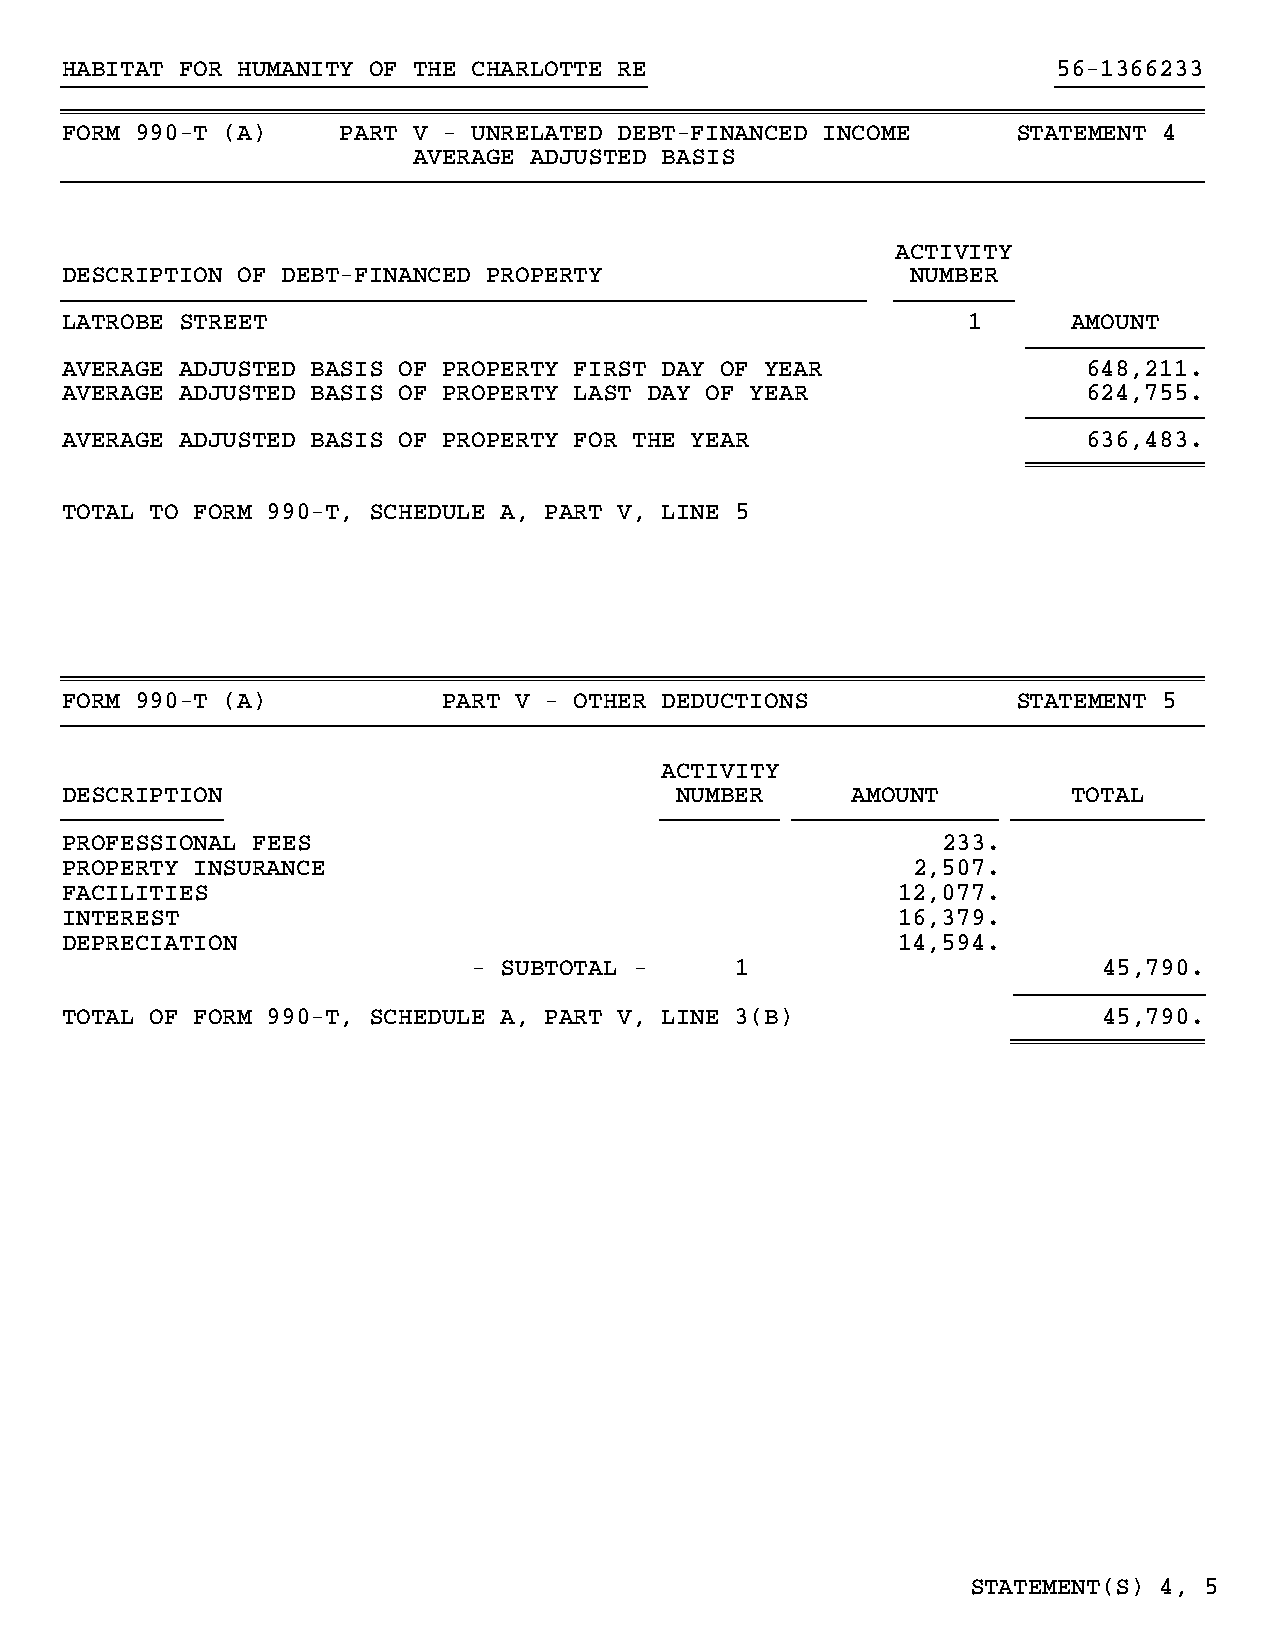
HABITAT FOR HUMANITY OF THE CHARLOTTE RE                          56-1366233
 }}}}}}}}}}}}}}}}}}}}}}}}}}}}}}}}}}}}}}}}                          }}}}}}}}}}
 ~~~~~~~~~~~~~~~~~~~~~~~~~~~~~~~~~~~~~~~~~~~~~~~~~~~~~~~~~~~~~~~~~~~~~~~~~~~~~~
 FORM 990-T (A)     PART V - UNRELATED DEBT-FINANCED INCOME     STATEMENT 4
 AVERAGE ADJUSTED BASIS
 }}}}}}}}}}}}}}}}}}}}}}}}}}}}}}}}}}}}}}}}}}}}}}}}}}}}}}}}}}}}}}}}}}}}}}}}}}}}}}
 ACTIVITY
 DESCRIPTION OF DEBT-FINANCED PROPERTY                   NUMBER
 }}}}}}}}}}}}}}}}}}}}}}}}}}}}}}}}}}}}}}}}}}}}}}}}}}}}}}} }}}}}}}}
 L A T R O B E S T R E E T                                   1      AMOUNT
 }}}}}}}}}}}}
 AVERAGE ADJUSTED BASIS OF PROPERTY FIRST DAY OF YEAR                648,211.
 AVERAGE ADJUSTED BASIS OF PROPERTY LAST DAY OF YEAR                 624,755.
 }}}}}}}}}}}}
 AVERAGE ADJUSTED BASIS OF PROPERTY FOR THE YEAR                     636,483.
 ~~~~~~~~~~~~
 TOTAL TO FORM 990-T, SCHEDULE A, PART V, LINE 5
 ~~~~~~~~~~~~~~~~~~~~~~~~~~~~~~~~~~~~~~~~~~~~~~~~~~~~~~~~~~~~~~~~~~~~~~~~~~~~~~
 FORM 990-T (A)           PART V - OTHER DEDUCTIONS             STATEMENT 5
 }}}}}}}}}}}}}}}}}}}}}}}}}}}}}}}}}}}}}}}}}}}}}}}}}}}}}}}}}}}}}}}}}}}}}}}}}}}}}}
 ACTIVITY
 DESCRIPTION                              NUMBER     AMOUNT         TOTAL
 }}}}}}}}}}}                             }}}}}}}} }}}}}}}}}}}}}} }}}}}}}}}}}}}
 PROFESSIONAL FEES                                         233.
 PROPERTY INSURANCE                                      2,507.
 FACILITIES                                             12,077.
 INTEREST                                               16,379.
 DEPRECIATION                                           14,594.
 - SUBTOTAL -      1                       45,790.
 }}}}}}}}}}}}}
 TOTAL OF FORM 990-T, SCHEDULE A, PART V, LINE 3(B)                   45,790.
 ~~~~~~~~~~~~~
 STATEMENT(S) 4, 5